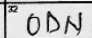
Transcription: ODN